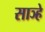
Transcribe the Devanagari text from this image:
साञ्हे